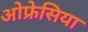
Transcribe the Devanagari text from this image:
ओफ्रेसिया